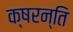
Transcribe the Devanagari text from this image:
क्षरन्ति